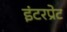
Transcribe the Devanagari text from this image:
इंटरप्रेट